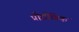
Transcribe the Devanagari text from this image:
प्रौद्यौगिक